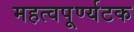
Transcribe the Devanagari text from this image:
महत्वपूर्ण्यटक